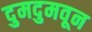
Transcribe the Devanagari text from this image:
दुमदुमवून